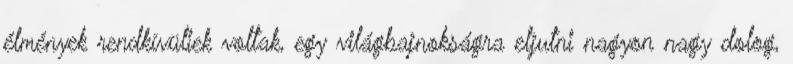
élmények rendkívüliek voltak, egy világbajnokságra eljutni nagyon nagy dolog,